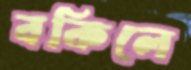
বকিলে